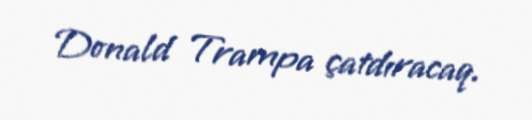
Donald Trampa çatdıracaq.